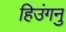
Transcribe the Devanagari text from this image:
हिउंगनु